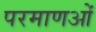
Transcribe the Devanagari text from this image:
परमाणओं